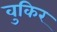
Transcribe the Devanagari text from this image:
वुकिर